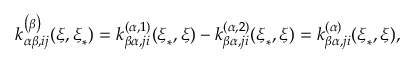
k _ { \alpha \beta , i j } ^ { \left( \beta \right) } ( \boldsymbol { \xi } , \boldsymbol { \xi } _ { \ast } ) = k _ { \beta \alpha , j i } ^ { \left( \alpha , 1 \right) } ( \boldsymbol { \xi } _ { \ast } , \boldsymbol { \xi } ) - k _ { \beta \alpha , j i } ^ { \left( \alpha , 2 \right) } ( \boldsymbol { \xi } _ { \ast } , \boldsymbol { \xi } ) = k _ { \beta \alpha , j i } ^ { \left( \alpha \right) } ( \boldsymbol { \xi } _ { \ast } , \boldsymbol { \xi } ) ,